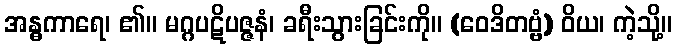
အန္ဓကာရေ၊ ၏။ မဂ္ဂပဋိပဇ္ဇနံ၊ ခရီးသွားခြင်းကို။ (ဝေဒိတဗ္ဗံ) ဝိယ၊ ကဲ့သို့။